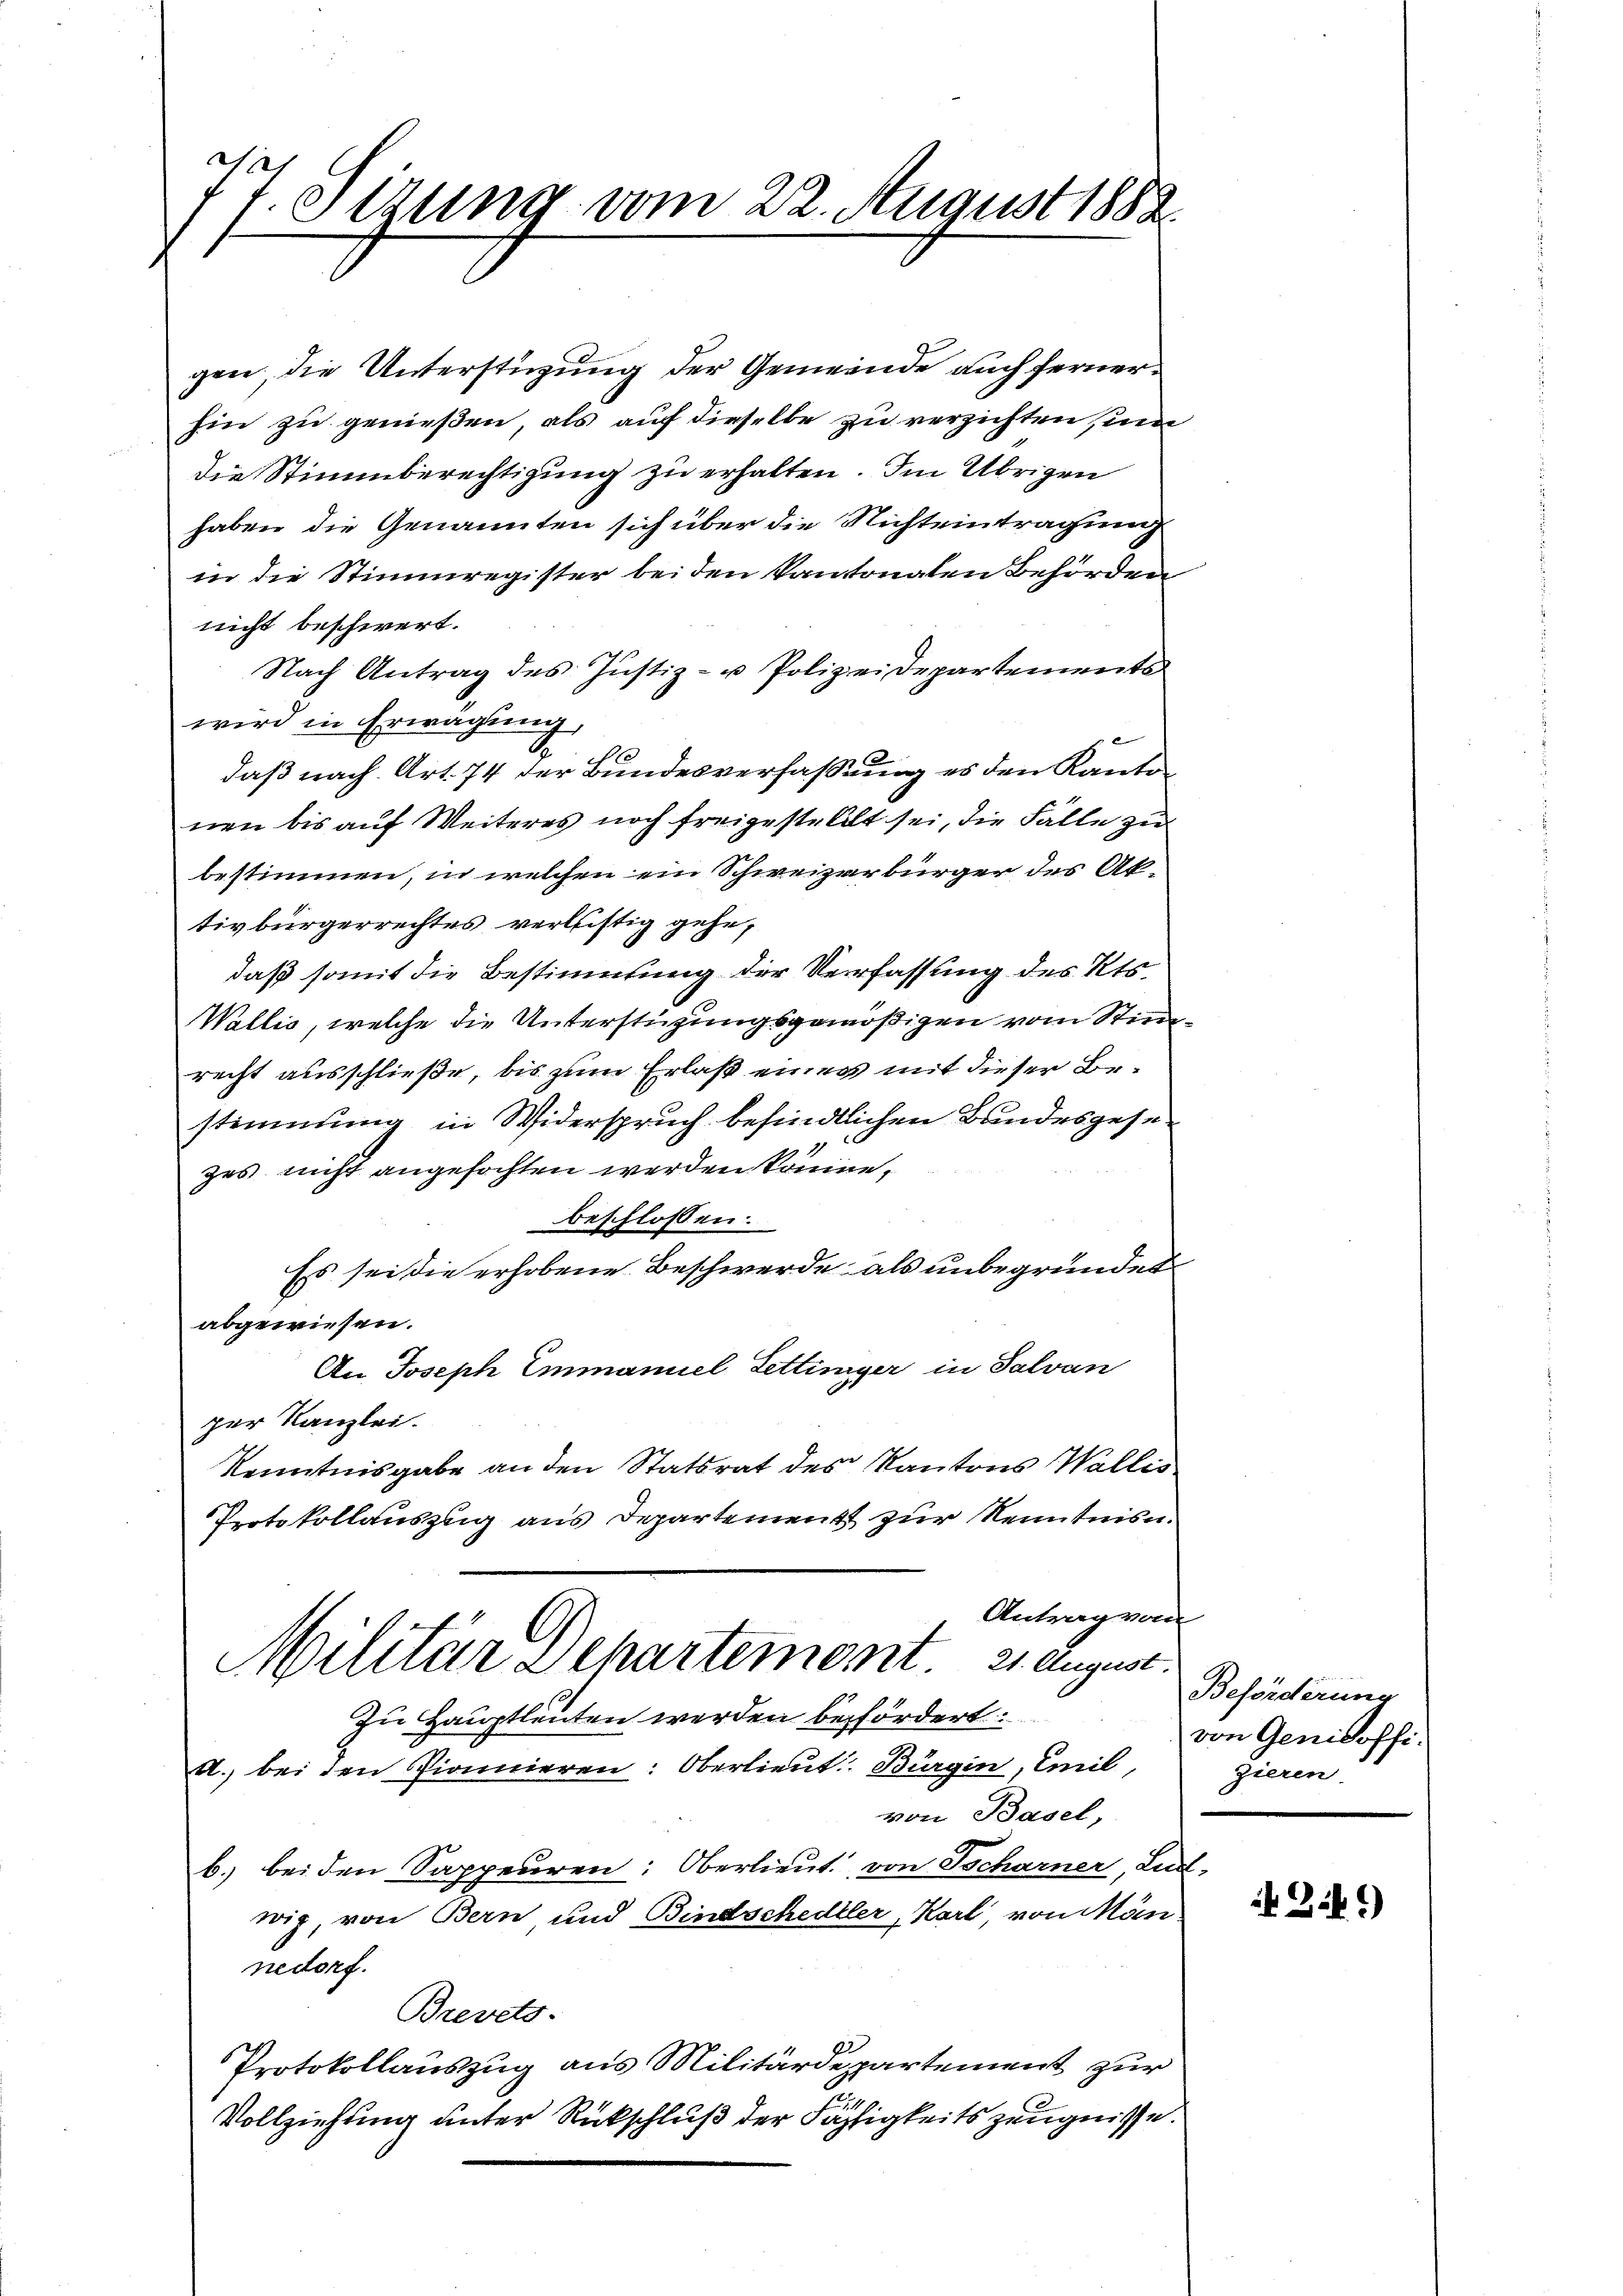
7
Sizung vom 22. August 1888

gen die Unterstüzung der Gemeinde auch ferner
hin zu genießen, als auf dieselbe zu verzichten, und
die Stimmberechtigung zu erhalten. Im Übrigen
haben die Genannten sich über die Nichteintragung
in die Stimmregister bei den kantonalen Behörden
nicht beschwert.
Nach Antrag des Justiz- u Polizeidepartements
wird in Erwägung,
A
daß nach Art. 74 der Bundesverfassung es den Kanton
nen bis auf Weiteres noch freigeste Alt sei, die Fälle zu
bestimmen, in welchen ein Schweizerbürger des Aktivbürgerrechtes verlistig gehe,
daß somit die Bestimmung der Verfassung des Kts.
Wallis, welche die Unterstüzungsgenößigen vom Stimrecht ausschließe, bis zum Erlaß eines mit dieser Bestimmung in Widerspruch befindlichen Bundesgesezes nicht angefochten werden könne,
beschlossen:
Es sei die erhobene Beschwerde als unbegründet
abgewiesen.
An Joseph Emmanuel Zettinger in Salvan
per Kanzlei.
Kenntnisgabe an den Statsrat des Kantons Wallis
Protokollauszug aus Departement zur Kenntnis.
Antrag vom
Militär Departement 21. August.
Zu Hauptleuten werden befördert:
A., bei den Pionnieren: Oberlieut. Bürgin, Emil
von Basel,
b. beiden Sappeuren: Oberlieut. von Tscharner, Lu
wig, von Bern und Bindschedler, Karl, von Mön
nedorf.
Brevets-
Protokollauszug aus Militärdepartement zur
Vollziehung unter Rückschluß der Fähigkeitszeugnisse.

Beförderung
von Genidoffizieren

4 Zif.)